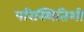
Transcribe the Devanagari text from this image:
परिस्थितिशी